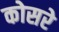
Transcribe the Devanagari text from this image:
कोसरे